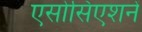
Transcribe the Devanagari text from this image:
एसोसिएशनें